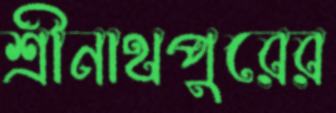
শ্রীনাথপুরের